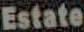
Estate